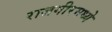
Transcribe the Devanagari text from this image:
राजगीरमध्ये